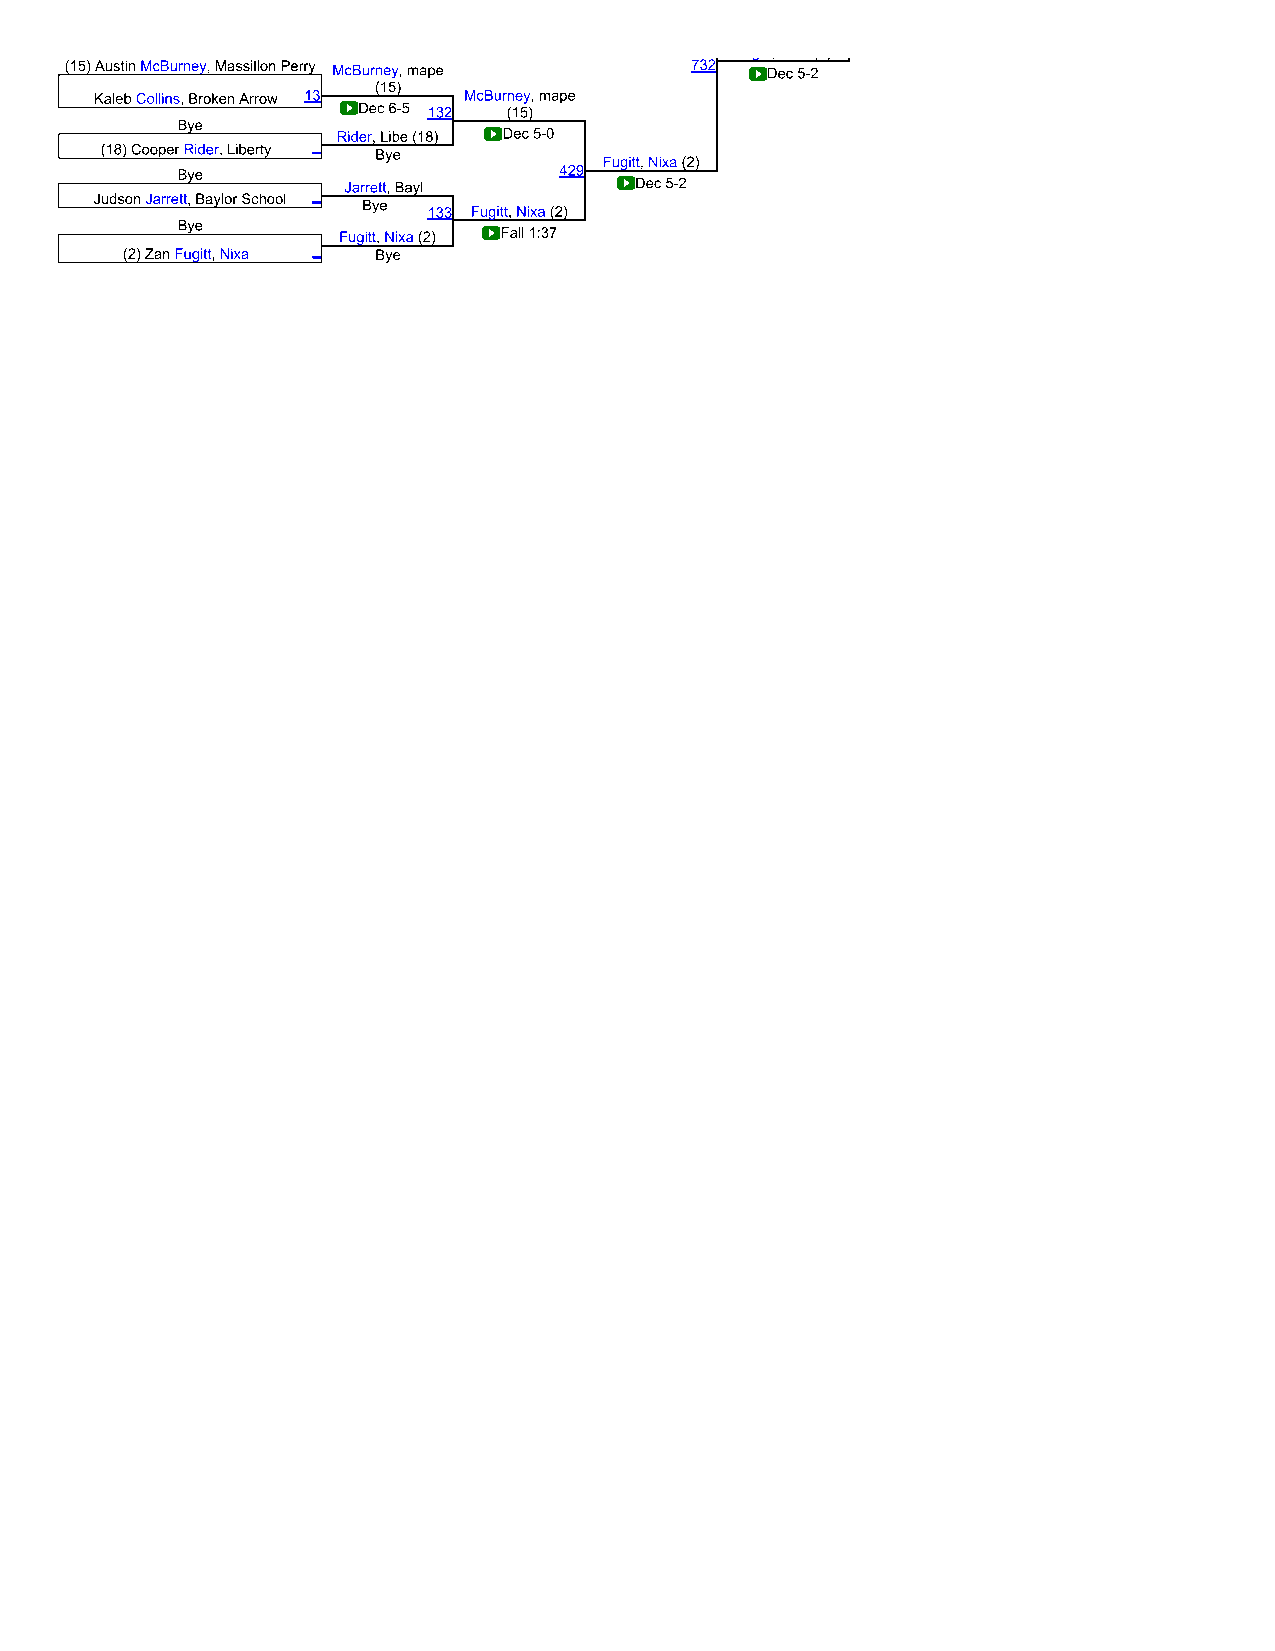
g , ( )
 (15) Austin McBurney, Massillon Perry McBurney, mape 732 Dec 5-2
 (15)
 Kaleb Collins, Broken Arrow 13 McBurney, mape
 Dec 6-5 132 (15)
 Bye
 Rider, Libe (18) Dec 5-0
 (18) Cooper Rider, Liberty _ Bye
 Fugitt, Nixa (2)
 Bye                      429
 Jarrett, Bayl     Dec 5-2
 Judson Jarrett, Baylor School _
 Bye
 133 Fugitt, Nixa (2)
 Bye
 Fugitt, Nixa (2) Fall 1:37
 (2) Zan Fugitt, Nixa _ Bye